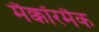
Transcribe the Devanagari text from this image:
मैक्कॉरमैक